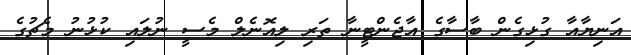
އަނިޔާއާ ގުޅިގެން ބާސާގެ އާޖެންޓީނާ ތަރި ލިއޮނެލް މެސީ ނުލައި ކުޅުނު މެޗުގެ